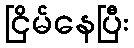
ငြိမ်နေပြီး